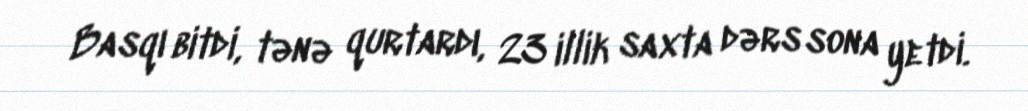
Basqı bitdi, tənə qurtardı, 23 illik saxta dərs sona yetdi.